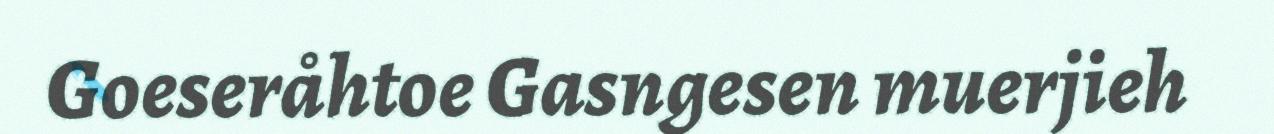
Goeseråhtoe Gasngesen muerjieh